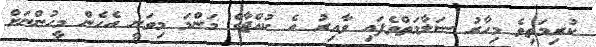
ކުރިމަތިވެ މިހާރު ސަލާމަތްވެފައި ވާއިރު އެ ކުއްޖާގެ މަންމަ މިވަނީ އެހެން މީހުންނަށް